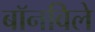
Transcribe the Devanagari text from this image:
बॉनविले